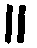
။